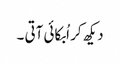
دیکھ کر اُبکائی آتی ۔